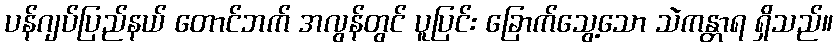
ပန်ဂျပ်ပြည်နယ် တောင်ဘက် အလွန်တွင် ပူပြင်း ခြောက်သွေ့သော သဲကန္တာရ ရှိသည်။